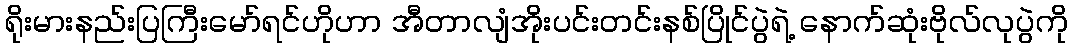
ရိုးမားနည်းပြကြီးမော်ရင်ဟိုဟာ အီတာလျံအိုးပင်းတင်းနစ်ပြိုင်ပွဲရဲ့ နောက်ဆုံးဗိုလ်လုပွဲကို